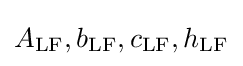
A_{\text{LF}},b_{\text{LF}},c_{\text{LF}},h_{\text{LF}}